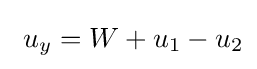
\ u_{y}=W+u_{1}-u_{2}